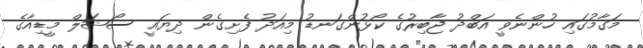
މަގާމުގައި ހުންނެވީ އަބްދު ޖާބިރުގެ ކޯޅުންގަނޑު މިއަދު ފެށިގެން ދިޔައީ ސޯޝަލް މީޑިއާގެ